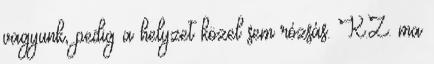
vagyunk, pedig a helyzet közel sem rózsás. K.Z. ma